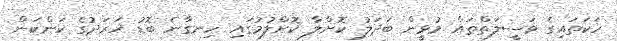
ހަކަތައިގެ ވަސީލަތްތައް މުޅީން ބަދަލު ކޮށްލާ ކޮށްލުމުގައި ހިނގާނެ ބޮޑު ޚަރަދުގެ ކަންކަން